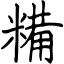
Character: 糒